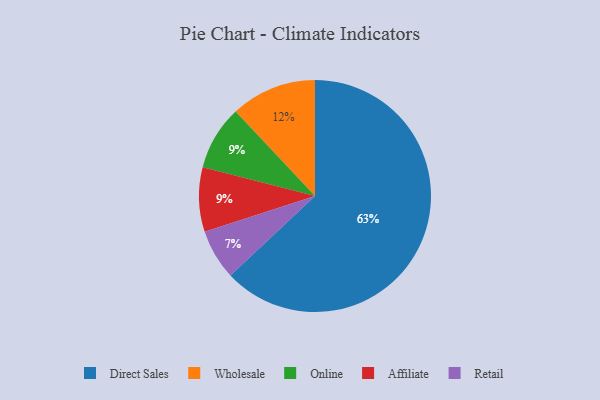
{"axis": {"x": "Category", "y": "Percentage"}, "legend": ["Affiliate", "Direct Sales", "Online", "Retail", "Wholesale"], "data": [{"x": "Retail", "y": 7, "type": "Retail"}, {"x": "Online", "y": 9, "type": "Online"}, {"x": "Wholesale", "y": 12, "type": "Wholesale"}, {"x": "Direct Sales", "y": 63, "type": "Direct Sales"}, {"x": "Affiliate", "y": 9, "type": "Affiliate"}]}